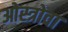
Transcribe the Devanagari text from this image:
ओस्त्रोवा